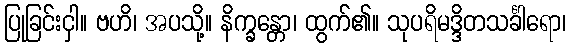
ပြုခြင်းငှါ။ ဗဟိ၊ အပသို့။ နိက္ခန္တော၊ ထွက်၏။ သုပရိမဒ္ဒိတသင်္ခါရော၊